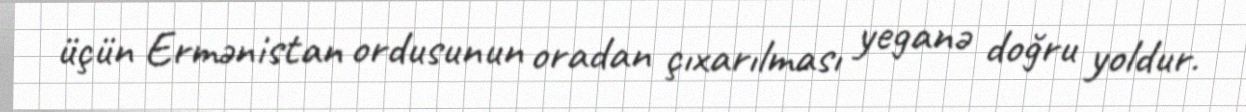
üçün Ermənistan ordusunun oradan çıxarılması yeganə doğru yoldur.